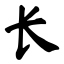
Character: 长